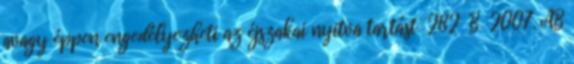
avagy éppen engedélyezheti az éjszakai nyitva tartást 282 B 2007. AB